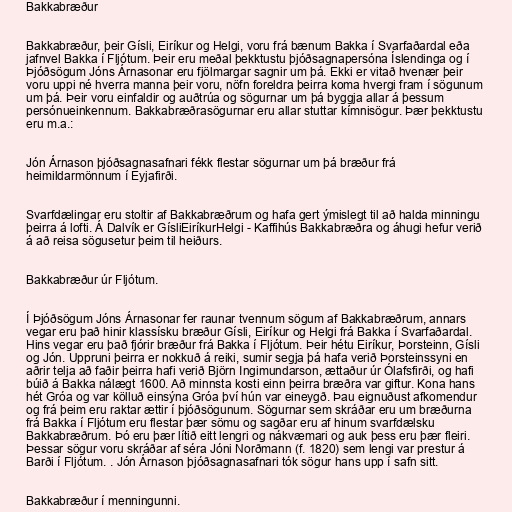
Bakkabræður

Bakkabræður, þeir Gísli, Eiríkur og Helgi, voru frá bænum Bakka í Svarfaðardal eða
jafnvel Bakka í Fljótum. Þeir eru meðal þekktustu þjóðsagnapersóna Íslendinga og í
Þjóðsögum Jóns Árnasonar eru fjölmargar sagnir um þá. Ekki er vitað hvenær þeir
voru uppi né hverra manna þeir voru, nöfn foreldra þeirra koma hvergi fram í sögunum
um þá. Þeir voru einfaldir og auðtrúa og sögurnar um þá byggja allar á þessum
persónueinkennum. Bakkabræðrasögurnar eru allar stuttar kímnisögur. Þær þekktustu
eru m.a.:

Jón Árnason þjóðsagnasafnari fékk flestar sögurnar um þá bræður frá
heimildarmönnum í Eyjafirði.

Svarfdælingar eru stoltir af Bakkabræðrum og hafa gert ýmislegt til að halda minningu
þeirra á lofti. Á Dalvík er GísliEiríkurHelgi - Kaffihús Bakkabræðra og áhugi hefur verið
á að reisa sögusetur þeim til heiðurs.

Bakkabræður úr Fljótum.

Í Þjóðsögum Jóns Árnasonar fer raunar tvennum sögum af Bakkabræðrum, annars
vegar eru það hinir klassísku bræður Gísli, Eiríkur og Helgi frá Bakka í Svarfaðardal.
Hins vegar eru það fjórir bræður frá Bakka í Fljótum. Þeir hétu Eiríkur, Þorsteinn, Gísli
og Jón. Uppruni þeirra er nokkuð á reiki, sumir segja þá hafa verið Þorsteinssyni en
aðrir telja að faðir þeirra hafi verið Björn Ingimundarson, ættaður úr Ólafsfirði, og hafi
búið á Bakka nálægt 1600. Að minnsta kosti einn þeirra bræðra var giftur. Kona hans
hét Gróa og var kölluð einsýna Gróa því hún var eineygð. Þau eignuðust afkomendur
og frá þeim eru raktar ættir í þjóðsögunum. Sögurnar sem skráðar eru um bræðurna
frá Bakka í Fljótum eru flestar þær sömu og sagðar eru af hinum svarfdælsku
Bakkabræðrum. Þó eru þær lítið eitt lengri og nákvæmari og auk þess eru þær fleiri.
Þessar sögur voru skráðar af séra Jóni Norðmann (f. 1820) sem lengi var prestur á
Barði í Fljótum. . Jón Árnason þjóðsagnasafnari tók sögur hans upp í safn sitt.

Bakkabræður í menningunni.